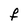
Character: F